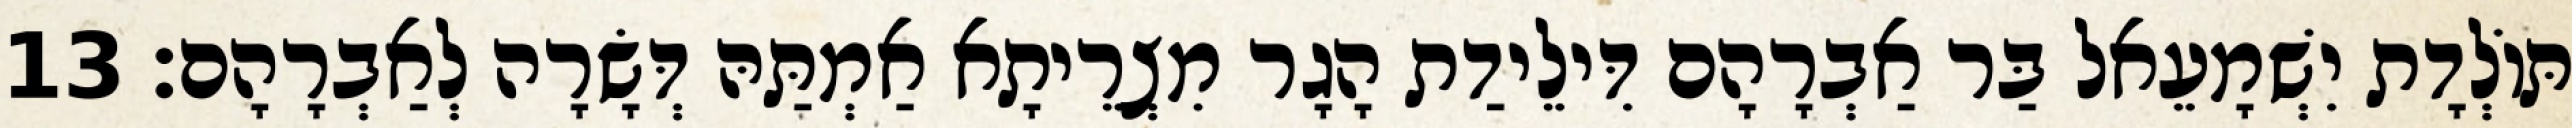
תּוֹלְדָת יִשְׁמָעֵאל בַּר אַבְרָהָם דִּילֵידַת הָגָר מִצְרֵיתָא אַמְתַּהּ דְּשָׂרָה לְאַבְרָהָם׃ 13